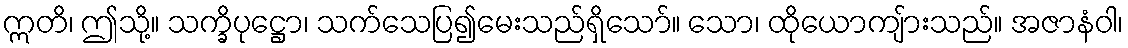
ဣတိ၊ ဤသို့။ သက္ခိပုဋ္ဌော၊ သက်သေပြ၍မေးသည်ရှိသော်။ သော၊ ထိုယောကျ်ားသည်။ အဇာနံဝါ၊